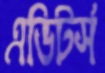
এডিটর্স